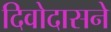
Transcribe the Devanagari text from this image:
दिवोदासने